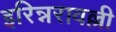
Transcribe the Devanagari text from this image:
इरिन्नरावल्ली